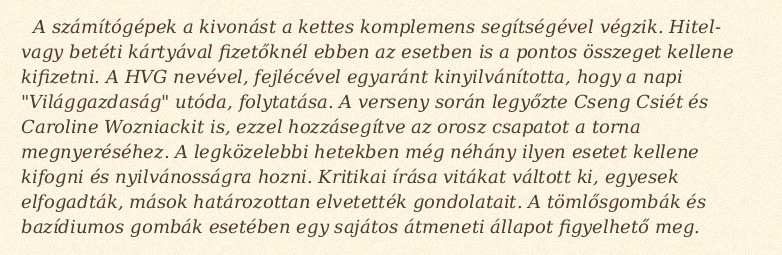
A számítógépek a kivonást a kettes komplemens segítségével végzik. Hitel- vagy betéti kártyával fizetőknél ebben az esetben is a pontos összeget kellene kifizetni. A HVG nevével, fejlécével egyaránt kinyilvánította, hogy a napi "Világgazdaság" utóda, folytatása. A verseny során legyőzte Cseng Csiét és Caroline Wozniackit is, ezzel hozzásegítve az orosz csapatot a torna megnyeréséhez. A legközelebbi hetekben még néhány ilyen esetet kellene kifogni és nyilvánosságra hozni. Kritikai írása vitákat váltott ki, egyesek elfogadták, mások határozottan elvetették gondolatait. A tömlősgombák és bazídiumos gombák esetében egy sajátos átmeneti állapot figyelhető meg.